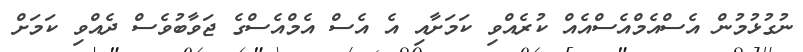
ނުގުޅުމުން އެސްއެމްއެސްއެއް ކުރެއްވި ކަމަށާއި އެ އެސް އެމްއެސްގެ ޖަވާބުވެސް ދެއްވި ކަމަށް